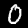
Digit: 0